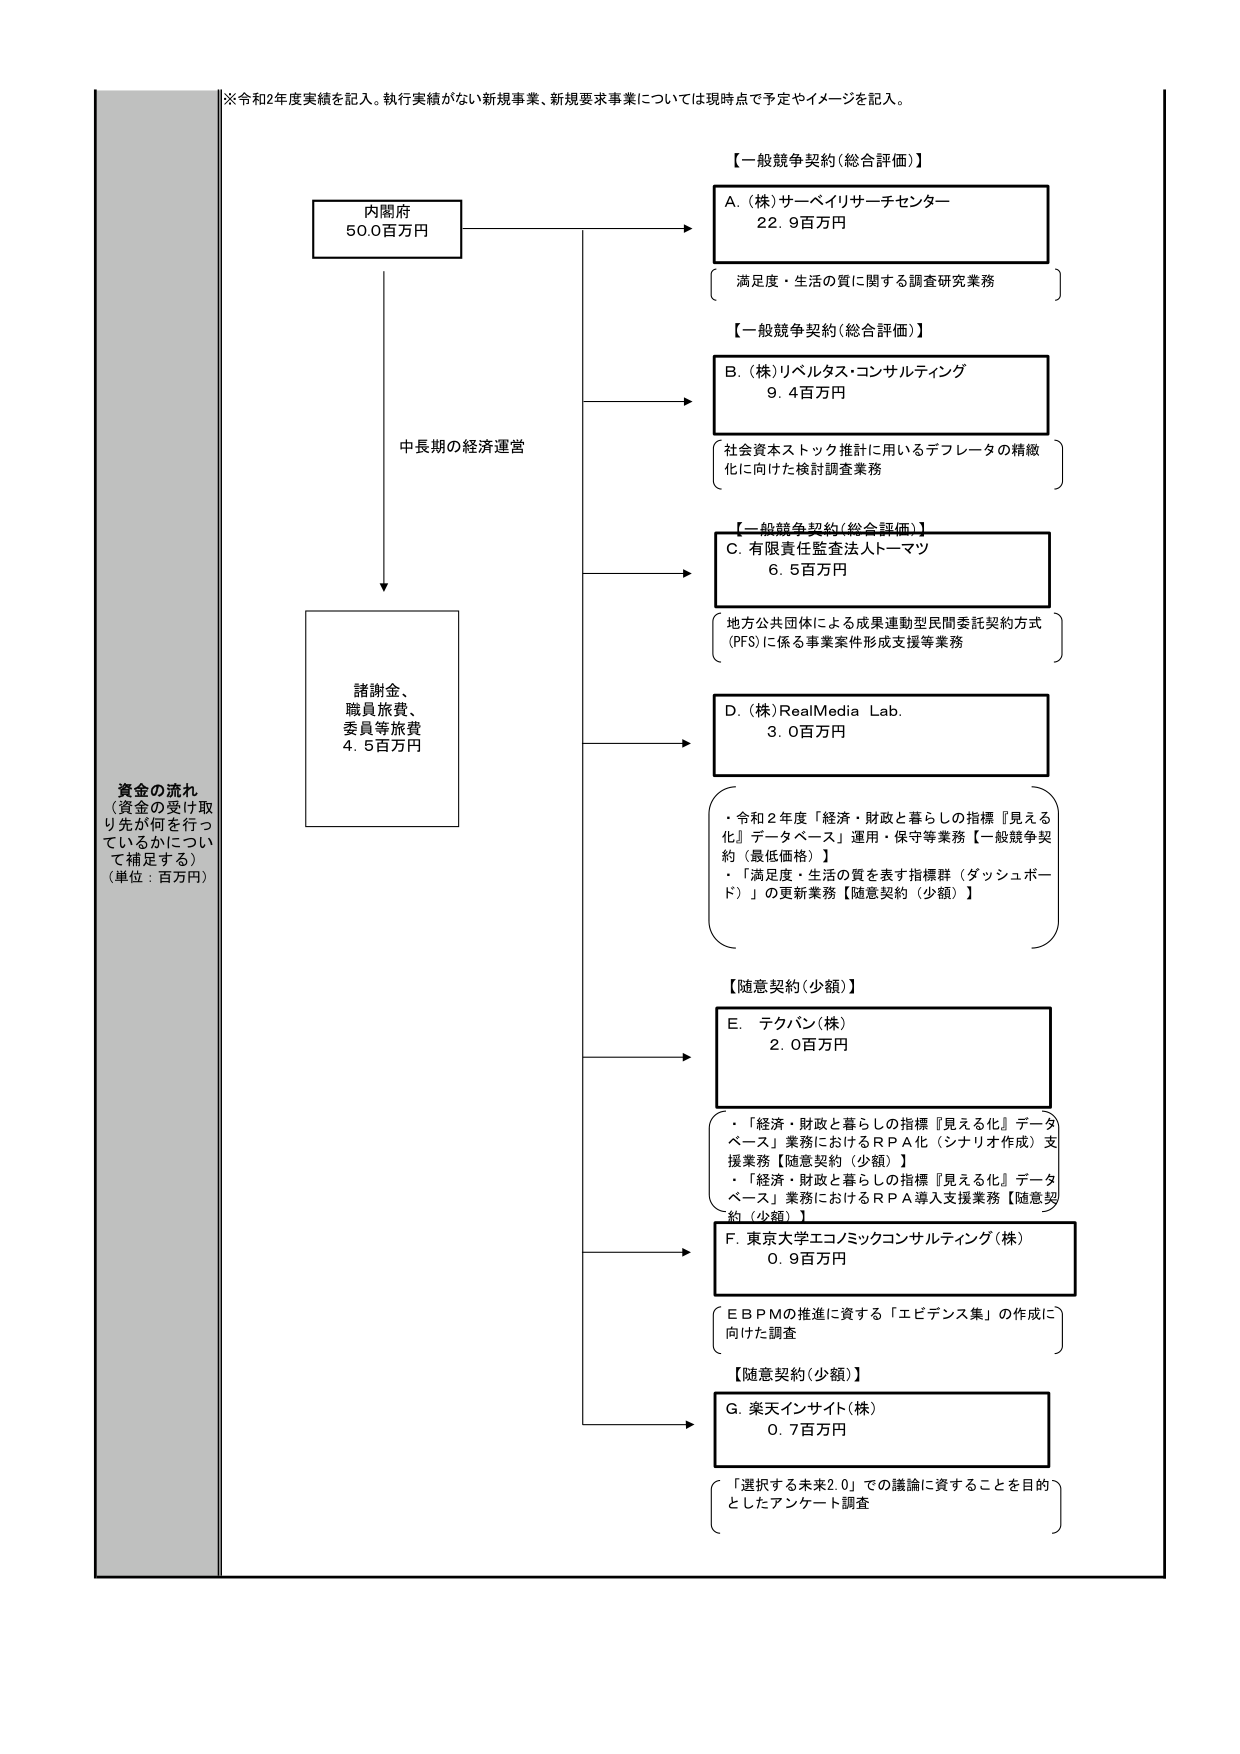
※令和2年度実績を記入。執行実績がない新規事業、新規要求事業については現時点で予定やイメージを記入。

資金の流れ
（資金の受け取り先が何を行っているかについて補足する）
（単位：百万円）

内閣府
50.0百万円

中長期の経済運営

諸謝金、
職員旅費、
委員等旅費
4.5百万円

【一般競争契約（総合評価）】
A.（株）サーベイリサーチセンター
22.9百万円
満足度・生活の質に関する調査研究業務

【一般競争契約（総合評価）】
B.（株）リベルタス・コンサルティング
9.4百万円
社会資本ストック推計に用いるデフレータの精緻化に向けた検討調査業務

【一般競争契約（総合評価）】
C.有限責任監査法人トーマツ
6.5百万円
地方公共団体による成果連動型民間委託契約方式（PFS）に係る事業案件形成支援等業務

D.（株）RealMedia Lab.
3.0百万円
・令和2年度「経済・財政と暮らしの指標『見える化』データベース」運用・保守等業務【一般競争契約（最低価格）】
・「満足度・生活の質を表す指標群（ダッシュボード）」の更新業務【随意契約（少額）】

【随意契約（少額）】
E. テクバン（株）
2.0百万円
・「経済・財政と暮らしの指標『見える化』データベース」業務におけるＲＰＡ化（シナリオ作成）支援業務【随意契約（少額）】
・「経済・財政と暮らしの指標『見える化』データベース」業務におけるＲＰＡ導入支援業務【随意契約（少額）】

F. 東京大学エコノミックコンサルティング（株）
0.9百万円
ＥＢＰＭの推進に資する「エビデンス集」の作成に向けた調査

【随意契約（少額）】
G. 楽天インサイト（株）
0.7百万円
「選択する未来2.0」での議論に資することを目的としたアンケート調査